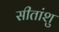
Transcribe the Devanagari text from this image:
सीतांशु